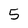
Character: 5